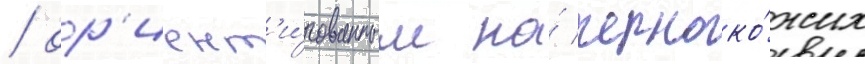
/ ор'иент'и́рованным на́ черноко́жих